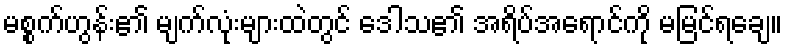
မစ္စက်ဟွန်း၏ မျက်လုံးများထဲတွင် ဒေါသ၏ အရိပ်အရောင်ကို မမြင်ရချေ။